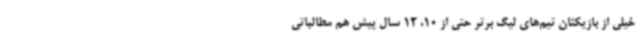
خیلی از بازیکنان تیم‌های لیگ برتر حتی از 10، 12 سال ‌پیش هم مطالباتی